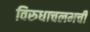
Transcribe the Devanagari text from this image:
विरुधाचलमची